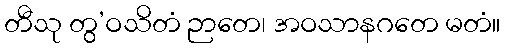
တီသု တွ’ဝသိတံ ဉာတေ၊ အဝသာနဂတေ မတံ။